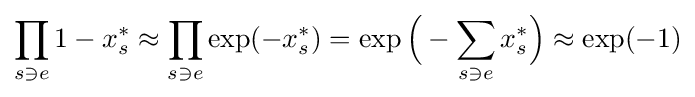
\prod _{s\ni e}1-x_{s}^{*}\approx \prod _{s\ni e}\exp(-x_{s}^{*})=\exp {\Big (}-\sum _{s\ni e}x_{s}^{*}{\Big )}\approx \exp(-1)